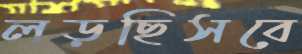
লড়ছিসবে